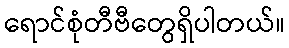
ရောင်စုံတီဗီတွေရှိပါတယ်။